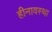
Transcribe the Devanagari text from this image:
हीनावस्था